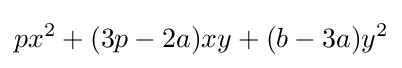
px^{2}+(3p-2a)xy+(b-3a)y^{2}